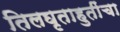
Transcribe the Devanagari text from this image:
तिलघृताहुतींचा